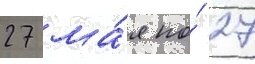
27 ма́я по́ 27